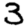
Digit: 3